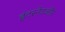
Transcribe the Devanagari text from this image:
इंटरनेटऔर